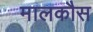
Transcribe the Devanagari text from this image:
मालकौस